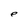
Character: e